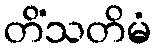
တိံသတိမံ